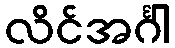
လိင်အင်္ဂါ